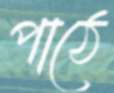
পাঠে